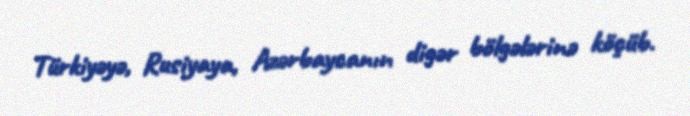
Türkiyəyə, Rusiyaya, Azərbaycanın digər bölgələrinə köçüb.